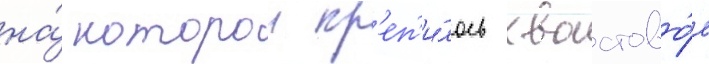
на́ которои кр'еп'и́лось хвостово́е